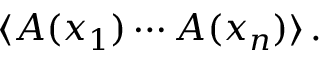
\langle A ( x _ { 1 } ) \cdots A ( x _ { n } ) \rangle \, .